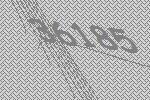
36185